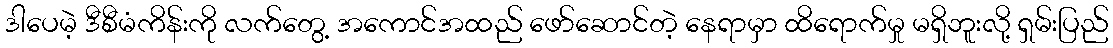
ဒါပေမဲ့ ဒီစီမံကိန်းကို လက်တွေ့ အကောင်အထည် ဖော်ဆောင်တဲ့ နေရာမှာ ထိရောက်မှု မရှိဘူးလို့ ရှမ်းပြည်